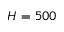
H = 5 0 0